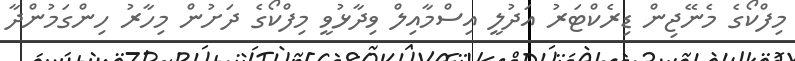
މިފްކޯގެ މެނޭޖިން ޑިރެކްޓަރު އަދުލީ އިސްމާއިލް ވިދާޅުވީ މިފްކޯގެ ދަށުން މިހާރު ހިންގަމުންދާ